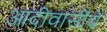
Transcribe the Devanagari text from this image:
आदीवासींचे